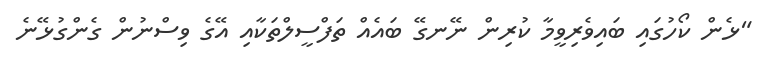
"ޅެން ކޯހުގައި ބައިވެރިވީމާ ކުރިން ނޭނގޭ ބައެއް ތަފްސީލްތަކާއި އޭގެ ވިސްނުން ގެންގުޅޭނެ